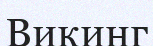
Викинг